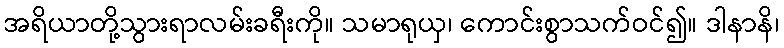
အရိယာတို့သွားရာလမ်းခရီးကို။ သမာရုယှ၊ ကောင်းစွာသက်ဝင်၍။ ဒါနာနိ၊